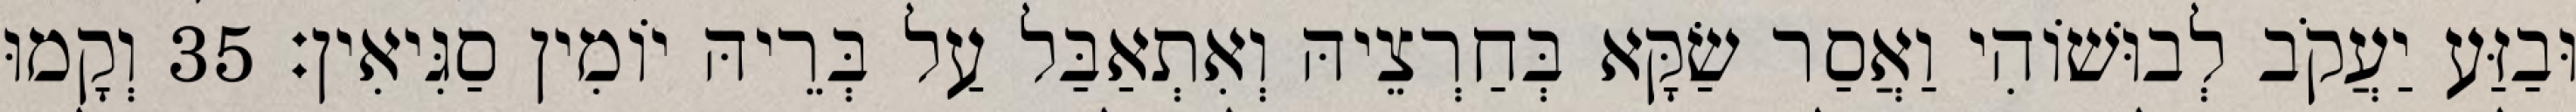
וּבַזַּע יַעֲקֹב לְבוּשׁוֹהִי וַאֲסַר שַׂקָּא בְּחַרְצֵיהּ וְאִתְאַבַּל עַל בְּרֵיהּ יוֹמִין סַגִּיאִין׃ 35 וְקָמוּ